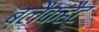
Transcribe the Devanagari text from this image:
ब्लैकहैट